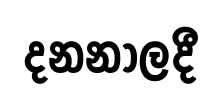
දනනාලදී